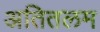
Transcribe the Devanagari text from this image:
अतितलम